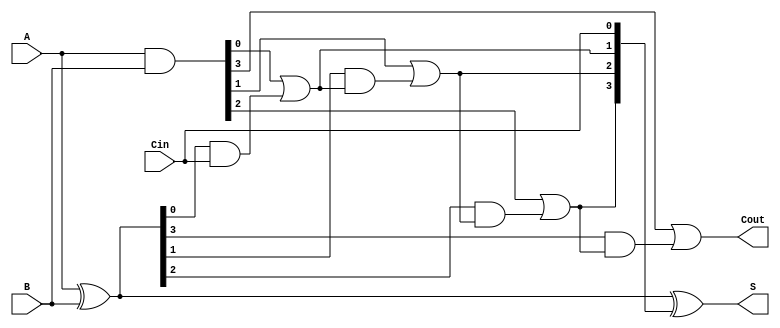
module carry_lookahead_adder #(parameter n = 4) (
    input [n-1:0] A,
    input [n-1:0] B,
    input Cin,
    output [n-1:0] S,
    output Cout
);
  
    wire [n-1:0] G; // Generate signals
    wire [n-1:0] P; // Propagate signals
    wire [n:0] C;   // Carry signals

    // Generate and Propagate calculations
    assign G = A & B;        // Generate
    assign P = A ^ B;        // Propagate

    // Carry calculations
    assign C[0] = Cin; // Initial carry-in
    generate
        genvar i;
        for (i = 0; i < n; i = i + 1) begin : carry_calc
            if (i == 0) begin
                assign C[i+1] = G[i] | (P[i] & C[i]); // C[1]
            end else begin
                assign C[i+1] = G[i] | (P[i] & C[i]); // C[i+1]
            end
        end
    endgenerate

    // Sum calculation
    assign S = P ^ C[n-1:0]; // S[i] = P[i] ^ C[i]

    // Final carry out
    assign Cout = C[n]; // Cout = C[n]

endmodule